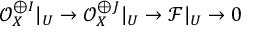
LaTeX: { \mathcal { O } } _ { X } ^ { \oplus I } | _ { U } \to { \mathcal { O } } _ { X } ^ { \oplus J } | _ { U } \to { \mathcal { F } } | _ { U } \to 0